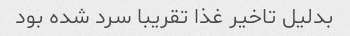
بدلیل تاخیر غذا تقریبا سرد شده بود